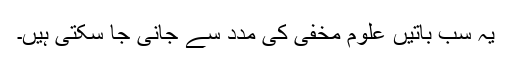
یہ سب باتیں علوم مخفی کی مدد سے جانی جا سکتی ہیں۔